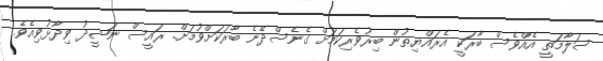
ސަލާމަތީ އެއްވެސް ބާރަކީ އެރައްޔިތުން ބިރުވެރިކަމަށް ގެނެސްދޭނެ ބާރަކަށްވުމަށް. ރައީސް ނަޝީދު ވިދާޅުވިއެވެ.